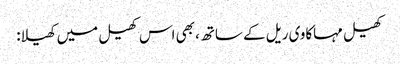
کھیل مہاکاوی ریل کے ساتھ، بھی اس کھیل میں کھیلا: